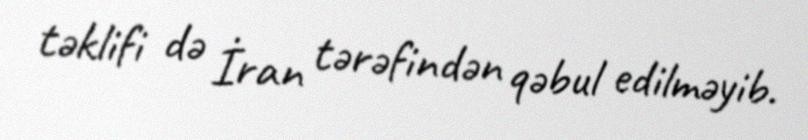
təklifi də İran tərəfindən qəbul edilməyib.